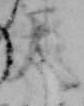
天